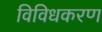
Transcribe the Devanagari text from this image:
विविधकरण